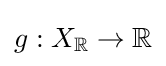
g:X_{\mathbb {R} }\to \mathbb {R}